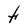
Character: t